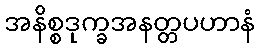
အနိစ္စဒုက္ခအနတ္တပဟာနံ